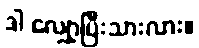
ဒါ လျှော့ပြီးသားလား။